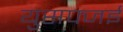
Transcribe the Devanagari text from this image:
युसफ्जई